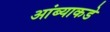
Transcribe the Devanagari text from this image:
आंब्याकडे